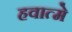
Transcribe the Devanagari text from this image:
हवात्मे